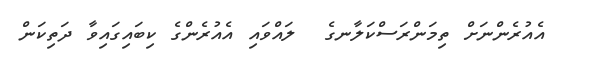
އެއުރެންނަށް ތިމަންރަސްކަލާނގެ  ލައްވައި އެއުރެންގެ ކިބައިގައިވާ ދަތިކަން